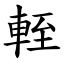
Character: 輊